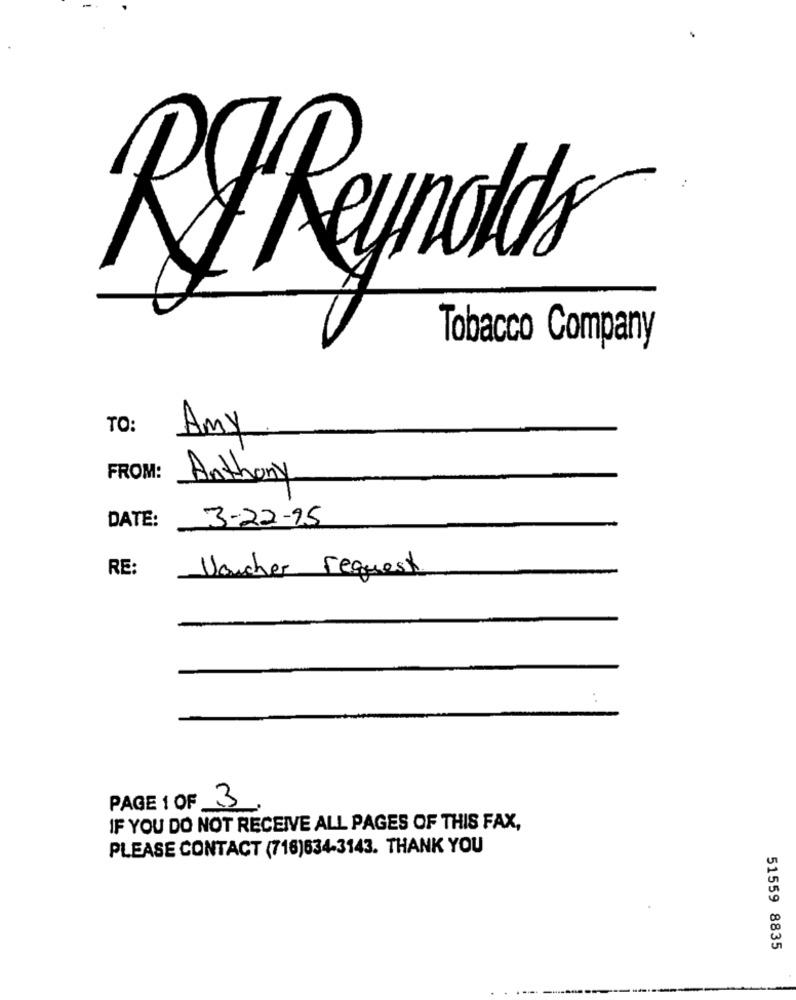
-
RIReynolds
Tobacco Company
TO: Amy
FROM:
Anthony
DATE:
3-22-95
RE:
Voucher request
PAGE 1 OF 3
IF YOU DO NOT RECEIVE ALL PAGES OF THIS FAX,
PLEASE CONTACT (716)634-3143. THANK YOU
51559 8835